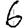
Digit: 6